Source: Handwritten
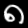
Digit: ၈ (8)